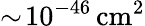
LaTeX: \sim\! 10^{-46}\, \mathrm{cm}^{2}